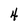
Character: 4